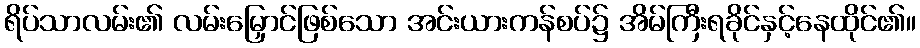
ရိပ်သာလမ်း၏ လမ်းမြှောင်ဖြစ်သော အင်းယားကန်စပ်၌ အိမ်ကြီးရခိုင်နှင့်နေထိုင်၏။